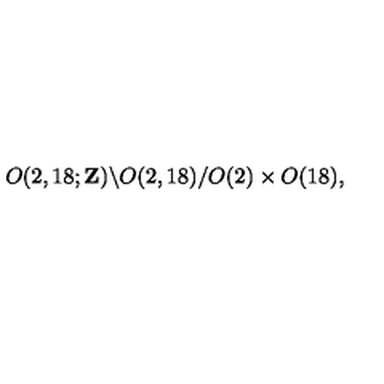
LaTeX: O ( 2 , 1 8 ; { \bf Z } ) \backslash O ( 2 , 1 8 ) / O ( 2 ) \times O ( 1 8 ) ,